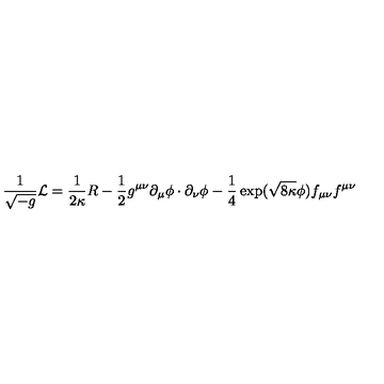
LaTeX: \frac { 1 } { \sqrt { - g } } { \cal L } = \frac { 1 } { 2 \kappa } R - \frac { 1 } { 2 } g ^ { \mu \nu } \partial _ { \mu } \phi \cdot \partial _ { \nu } \phi - \frac { 1 } { 4 } \exp ( \sqrt { 8 \kappa } \phi ) f _ { \mu \nu } f ^ { \mu \nu }